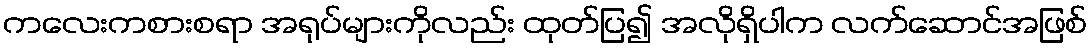
ကလေးကစားစရာ အရုပ်များကိုလည်း ထုတ်ပြ၍ အလိုရှိပါက လက်ဆောင်အဖြစ်